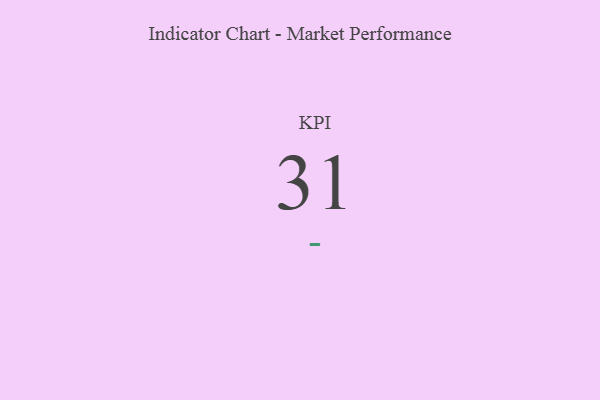
{"axis": {"x": "KPI", "y": "Value"}, "legend": [""], "data": [{"x": "KPI", "y": 31, "type": ""}]}